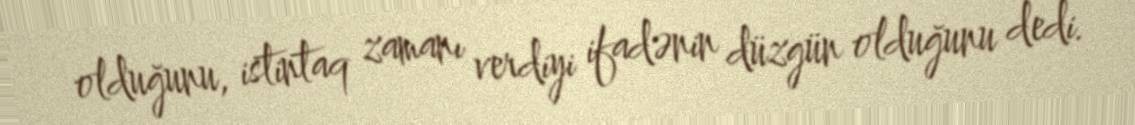
olduğunu, istintaq zamanı verdiyi ifadənin düzgün olduğunu dedi.